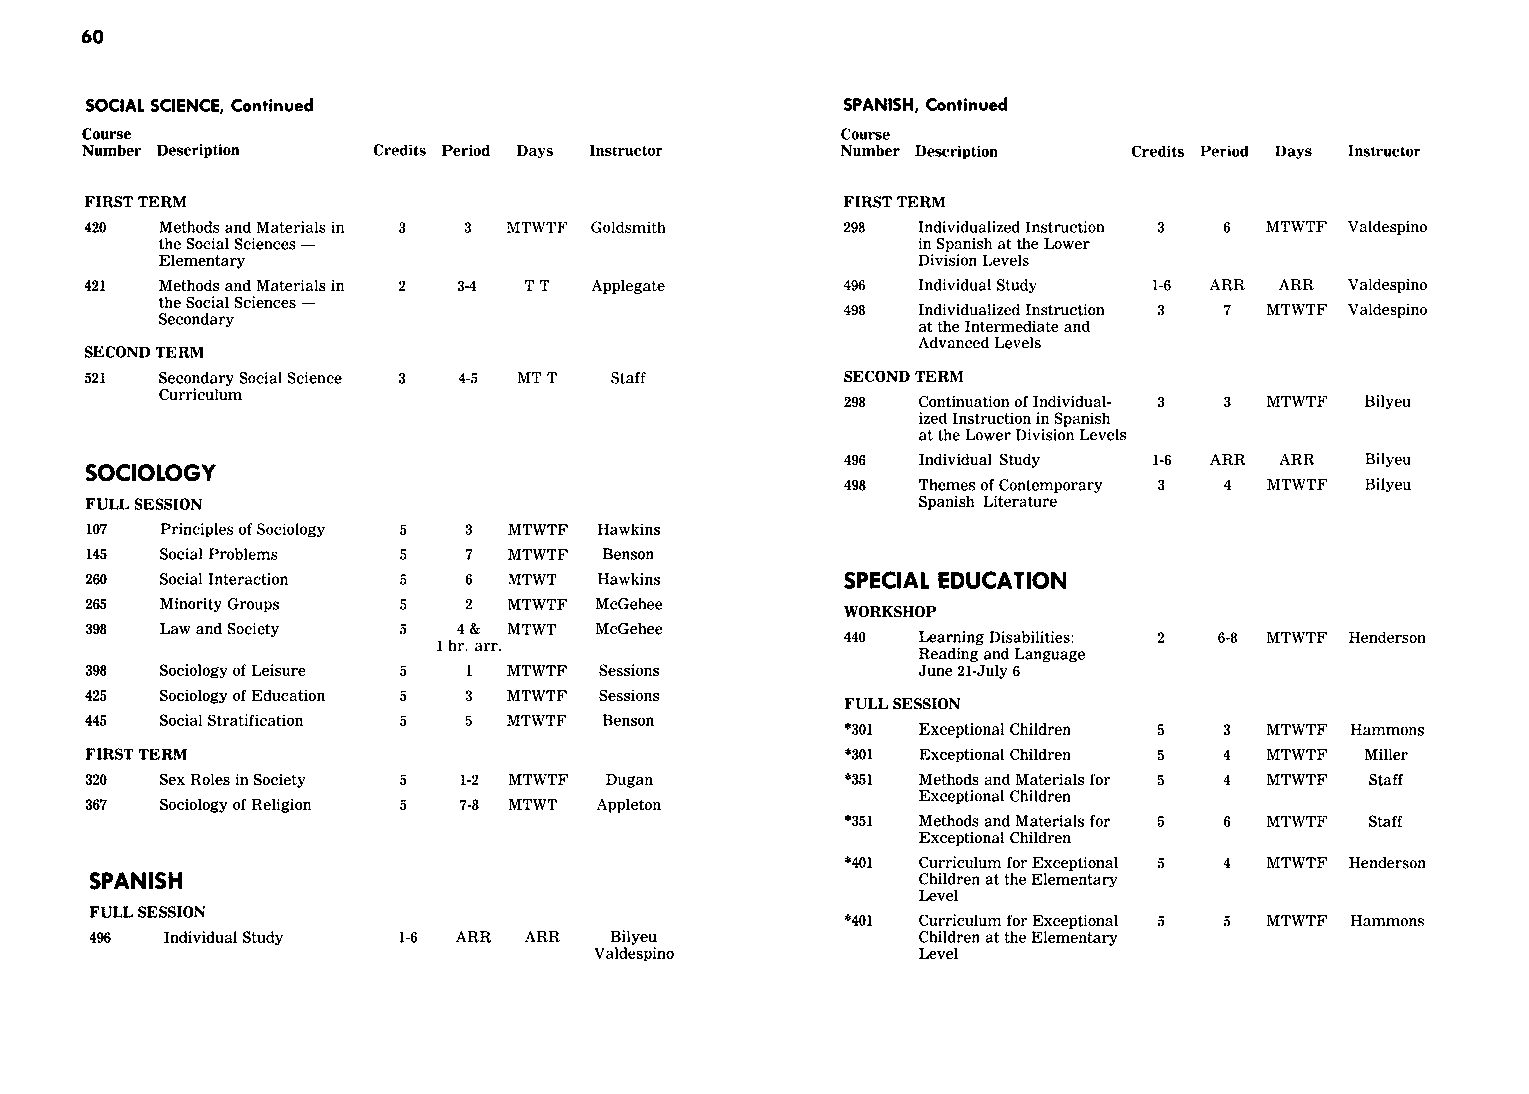
60
 SOCIAL SCIENCE, Continued                         SPANISH, Continued
 Course                                             Course
 Number Description  Credits Period Days Instructor Number Description Credits Period Days Instructor
 FIRST TERM                                        FIRST TERM
 420  Methods and Materials in 3 3 MTWTF Goldsmith 298  Individualized Instruction 3 6 MTWTF Valdespino
 the Social Sciences -                             in Spanish at the Lower
 Elementary                                        Division Levels
 421  Methods and Materials in 2 3-4 TT Applegate  496  Individual Study 1-6 ARR ARR Valdespino
 the Social Sciences -
 498  Individualized Instruction 3 7 MTWTF Valdespino
 Secondary
 at the Intermediate and
 Advanced Levels
 SECOND TERM
 521  Secondary Social Science 3 4-5 MTT Staff     SECOND TERM
 Curriculum
 298  Continuation of Individual- 3 3 MTWTF Bilyeu
 ized Instruction in Spanish
 at the Lower Division Levels
 496  Individual Study 1-6 ARR ARR Bilyeu
 SOCIOLOGY
 498  Themes of Contemporary 3 4 MTWTF Bilyeu
 FULL SESSION                                           Spanish Literature
 107  Principles of Sociology 5 3 MTWTF Hawkins
 145  Social Problems 5   7  MTWTF Benson
 260  Social Interaction 5 6 MTWT  Hawkins         SPECIAL EDUCATION
 265  Minority Groups 5   2  MTWTF McGehee
 WORKSHOP
 398  Law and Society 5  4&  MTWT McGehee
 440  Learning Disabilities: 2 6-8 MTWTF Henderson
 1 hr. arr.
 Reading and Language
 398  Sociology of Leisure 5 MTWTF Sessions             June 21-July 6
 425  Sociology of Education 5 3 MTWTF Sessions
 FULL SESSION
 445  Social Stratification 5 5 MTWTF Benson
 *301 Exceptional Children 5 3 MTWTF Hammons
 FIRST TERM                                        *301 Exceptional Children 5 4 MTWTF Miller
 320  Sex Roles in Society 5 1-2 MTWTF Dugan       *351 Methods and Materials for 5 4 MTWTF Staff
 Exceptional Children
 367  Sociology of Religion 5 7-8 MTWT Appleton
 *351 Methods and Materials for 5 6 MTWTF Staff
 Exceptional Children
 *401 Curriculum for Exceptional 5 4 MTWTF Henderson
 SPANISH                                                Children at the Elementary
 Level
 FULL SESSION
 *401 Curriculum for Exceptional 5 5 MTWTF Hammons
 496  Individual Study 1-6 ARR ARR Bilyeu               Children at the Elementary
 Valdespino            Level